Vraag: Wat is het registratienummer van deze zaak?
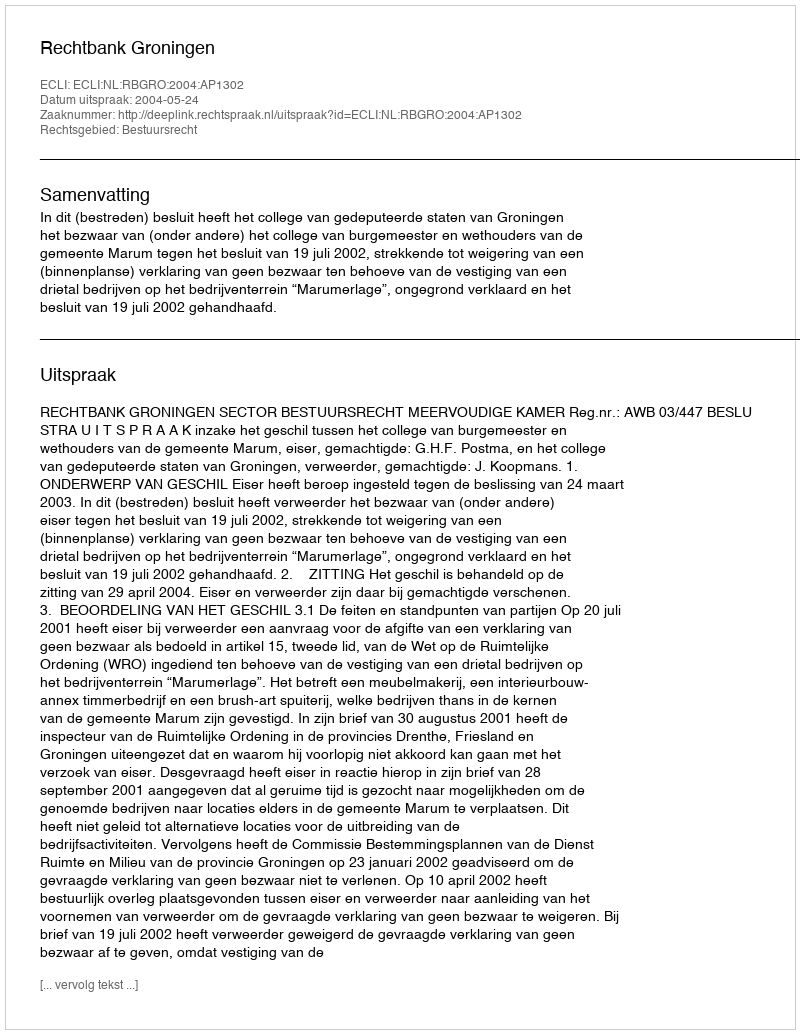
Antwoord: http://deeplink.rechtspraak.nl/uitspraak?id=ECLI:NL:RBGRO:2004:AP1302